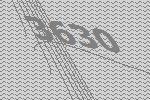
3630